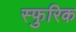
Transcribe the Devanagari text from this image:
स्फुरिक